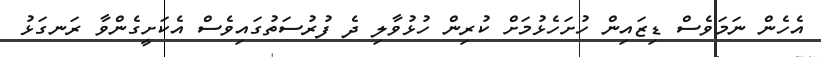
އެހެން ނަމަވެސް ޑިޒައިން ހުށަހެޅުމަށް ކުރިން ހުޅުވާލި ދެ ފުރުސަތުގައިވެސް އެކަށީގެންވާ ރަނގަޅު